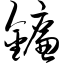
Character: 镰